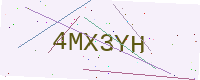
Text: 4MX3YH